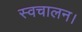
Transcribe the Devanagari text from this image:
स्वचालन।